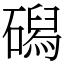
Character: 磶